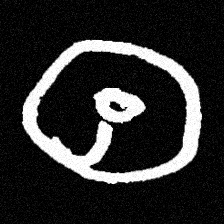
Pyu character \u2014 Myanmar letter: ထ (romanized: tha)